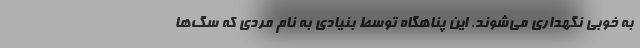
به خوبی نگهداری می‌شوند. این پناهگاه توسط بنیادی به نام مردی که سگ‌ها